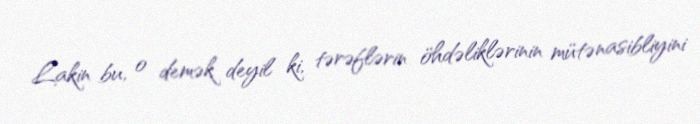
Lakin bu, o demək deyil ki, tərəflərin öhdəliklərinin mütənasibliyini